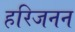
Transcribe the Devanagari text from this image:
हरिजनन